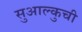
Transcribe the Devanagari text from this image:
सुआल्कुची